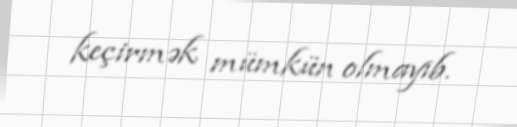
keçirmək mümkün olmayıb.